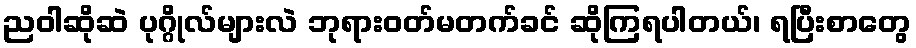
ညဝါဆိုဆဲ ပုဂ္ဂိုလ်များလဲ ဘုရားဝတ်မတက်ခင် ဆိုကြရပါတယ်၊ ရပြီးစာတွေ